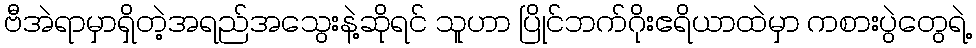
ဗီအဲရာမှာရှိတဲ့အရည်အသွေးနဲ့ဆိုရင် သူဟာ ပြိုင်ဘက်ဂိုးဧရိယာထဲမှာ ကစားပွဲတွေရဲ့